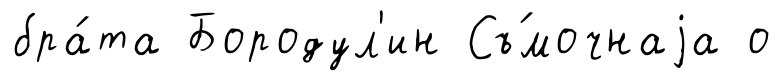
бра́та Бородул'ин Съ́мочнаjа о